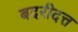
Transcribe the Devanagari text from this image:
बदरीदत्त